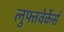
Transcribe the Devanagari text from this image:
लुफ्तवेर्केर्स